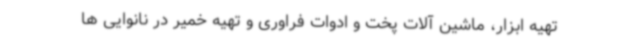
تهیه ابزار، ماشین آلات پخت و ادوات فراوری و تهیه خمیر در نانوایی ها